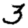
Digit: 3